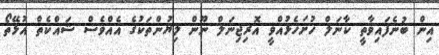
އިން ބުނެފައިވާތީ ކާނަލް ހުށަހެޅުއްވީ އޮރިޖިނަލް ނޫން ލިޔުންތަކުގެ އެއްވެސް ޝައްކެތް އުޅޭތޯ